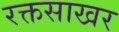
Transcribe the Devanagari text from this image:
रक्तसाखर